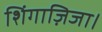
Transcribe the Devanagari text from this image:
शिंगाज़िजा।